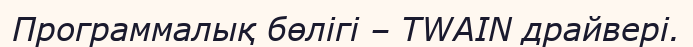
Программалық бөлігі – TWAIN драйвері.